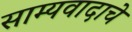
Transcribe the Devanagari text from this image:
साम्यवादाचे